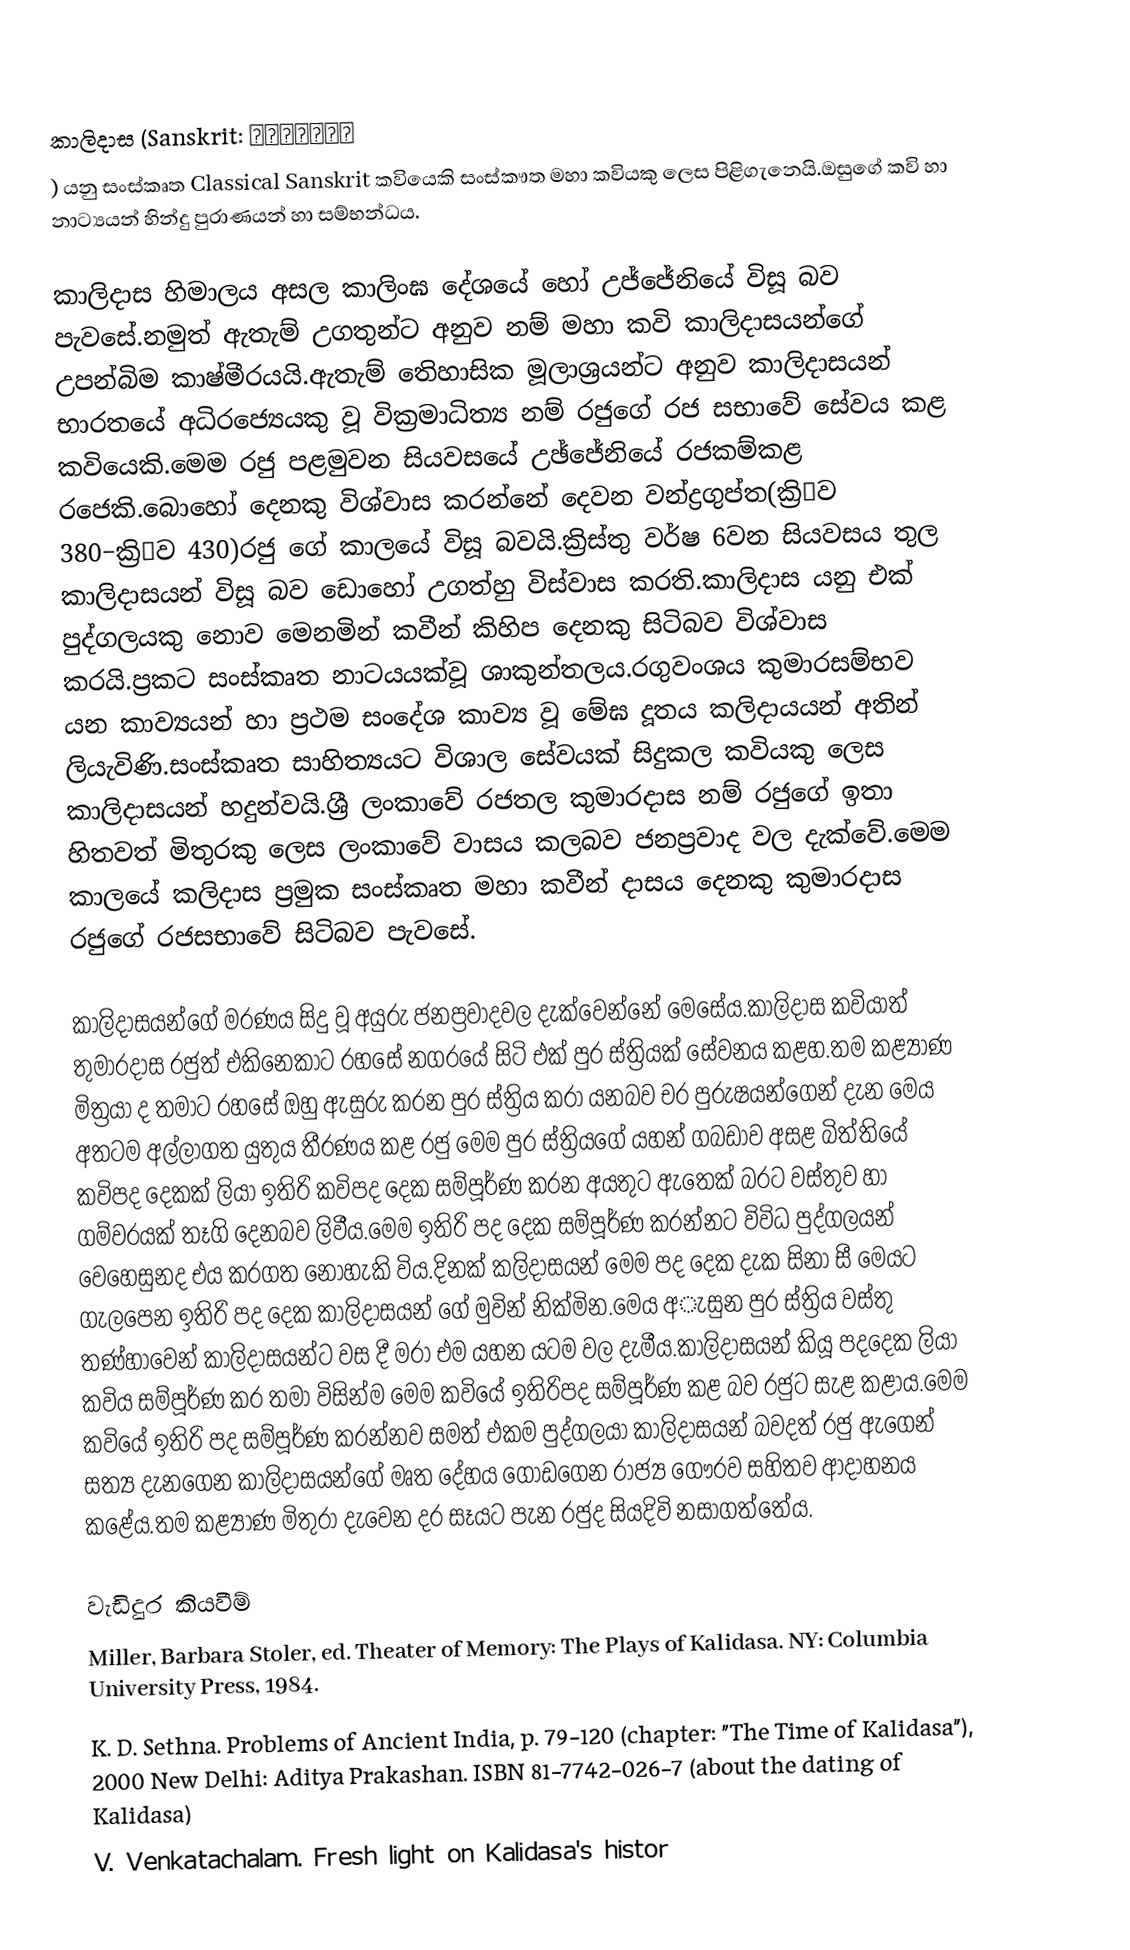
කාලිදාස (Sanskrit: कालिदास
) යනු සංස්කෘත Classical Sanskrit කවියෙකි සංස්කෟත මහා කවියකු ලෙස පිළිගැනෙයි.ඔසුගේ කවි හා නාට්‍යයන් හින්දු පුරාණයන් හා  සම්භන්ධය.

කාලිදාස හිමාලය අසල කාලිංඝ දේශයේ හෝ උජ්ජේනියේ විසූ බව පැවසේ.නමුත් ඇතැම් උගතුන්ට අනුව නම් මහා කවි කාලිදාසයන්ගේ උපන්බිම කාෂ්මීරයයි.ඇතැම් තෙිහාසික මූලාශ්‍රයන්ට අනුව කාලිදාසයන් භාරතයේ අධිරජ්‍යෙයකු වූ වික්‍රමාධිත්‍ය නම් රජුගේ රජ සභාවේ සේවය කළ කවියෙකි.මෙම රජු පළමුවන සියවසයේ උඡ්ජේනියේ රජකම්කළ රජෙකි.බොහෝ දෙනකු විශ්වාස කරන්නේ දෙවන වන්ද්‍රගුප්ත(ක්‍රිːව 380−ක්‍රිːව 430)රජු ගේ කාලයේ විසූ බවයි.ක්‍රිස්තු වර්ෂ 6වන සියවසය තුල කාලිදාසයන් විසූ බව ඩොහෝ උගත්හු විස්වාස කරති.කාලිදාස යනු එක් පුද්ගලයකු නොව මෙනමින් කවීන් කිහිප දෙනකු සිටිබව විශ්වාස කරයි.ප්‍රකට සංස්කෘත නාටයයක්වූ ශාකුන්තලය.රගුවංශය කුමාරසම්භව යන කාව්‍යයන් හා ප්‍රථම සංදේශ කාව්‍ය වූ මේඝ දූතය කලිදායයන් අතින් ලියැවිණි.සංස්කෘත සාහිත්‍යයට විශාල සේවයක් සිදුකල කවියකු ලෙස කාලිදාසයන් හදුන්වයි.ශ්‍රී ලංකාවේ රජතල කුමාරදාස නම් රජුගේ ඉතා හිතවත් මිතුරකු ලෙස ලංකාවේ වාසය කලබව ජනප්‍රවාද වල දැක්වේ.මෙම කාලයේ කලිදාස ප්‍රමුක සංස්කෘත මහා කවීන් දාසය දෙනකු කුමාරදාස රජුගේ රජසභාවේ සිටිබව පැවසේ.

කාලිදාසයන්ගේ මරණය සිදු වූ අයුරු ජනප්‍රවාදවල දැක්වෙන්නේ මෙසේය.කාලිදාස කවියාත් තුමාරදාස රජුත් එකිනෙකාට රහසේ නගරයේ සිටි එක් පුර ස්ත්‍රියක් සේවනය කළහ.තම කළ්‍යාණ මිත්‍රයා ද තමාට රහසේ ඔහු ඇසුරු කරන පුර ස්ත්‍රිය කරා යනබව චර පුරුෂයන්ගෙන් දැන මෙය අතටම අල්ලාගත යුතුය තීරණය කළ රජු මෙම පුර ස්ත්‍රියගේ යහන් ගබඩාව අසළ බිත්තියේ කවිපද දෙකක් ලියා ඉතිරි කවිපද දෙක සම්පූර්ණ කරන අයතුට ඇතෙක් බරට වස්තුව හා ගම්වරයක් තෑගි දෙනබව ලිවීය.මෙම ඉතිරි පද දෙක සම්පූර්ණ කරන්නට විවිධ පුද්ගලයන් වෙහෙසුනද එය කරගත නොහැකි විය.දිනක් කලිදාසයන් මෙම පද දෙක දැක සිනා සී මෙයට ගැලපෙන ඉතිරි පද දෙක කාලිදාසයන් ගේ මුවින් නික්මින.මෙය අැසුන පුර ස්ත්‍රිය වස්තු තණ්හාවෙන් කාලිදාසයන්ට වස දී මරා එම යහන යටම වල දැමීය.කාලිදාසයන් කියූ පදදෙක ලියා කවිය සම්පූර්ණ කර තමා විසින්ම මෙම කවියේ ඉතිරිපද සම්පූර්ණ කළ බව රජුට සැළ කළාය.මෙම කවියේ ඉතිරි පද සම්පූර්ණ කරන්නව සමත් එකම පුද්ගලයා කාලිදාසයන් බවදත් රජු ඇගෙන් සත්‍ය දැනගෙන කාලිදාසයන්ගේ මෘත දේහය ගොඩගෙන රාජ්‍ය ගෞරව සහිතව ආදාහනය කළේය.තම කළ්‍යාණ මිතුරා දැවෙන දර සෑයට පැන රජුද සියදිවි නසාගත්තේය.

වැඩිදුර කියවීම්
 Miller, Barbara Stoler, ed. Theater of Memory: The Plays of Kalidasa. NY: Columbia University Press, 1984.
 K. D. Sethna. Problems of Ancient India, p. 79-120 (chapter: "The Time of Kalidasa"), 2000 New Delhi: Aditya Prakashan. ISBN 81-7742-026-7 (about the dating of Kalidasa)
 V. Venkatachalam. Fresh light on Kalidasa's histor